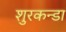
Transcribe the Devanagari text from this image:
शुरकन्डा